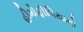
હીમોફીલિયાનો